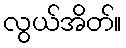
လွယ်အိတ်။